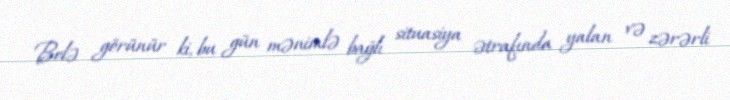
Belə görünür ki, bu gün mənimlə bağlı situasiya ətrafında yalan və zərərli